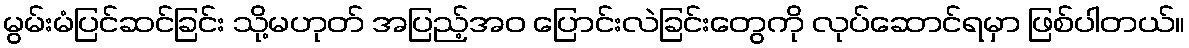
မွမ်းမံပြင်ဆင်ခြင်း သို့မဟုတ် အပြည့်အဝ ပြောင်းလဲခြင်းတွေကို လုပ်ဆောင်ရမှာ ဖြစ်ပါတယ်။